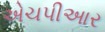
એચપીઆર